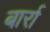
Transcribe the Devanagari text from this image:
बार्रा